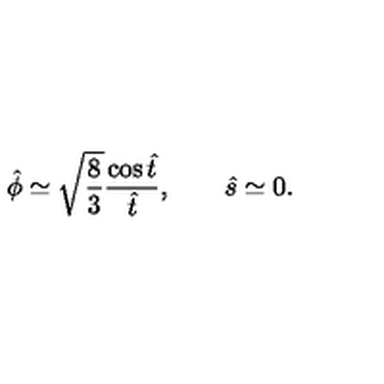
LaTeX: { \hat { \phi } } \simeq \sqrt { \frac { 8 } { 3 } } \frac { \cos { \hat { t } } } { { \hat { t } } } , \qquad { \hat { s } } \simeq 0 .